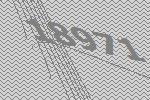
18971